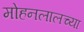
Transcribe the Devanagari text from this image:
मोहनलालच्या